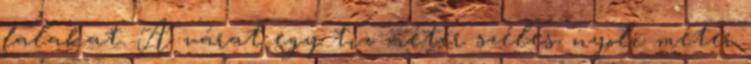
falakat. A várat egy tíz méter széles, nyolc méter